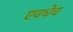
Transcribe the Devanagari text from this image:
एवधेच